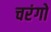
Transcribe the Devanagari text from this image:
चरंगो